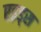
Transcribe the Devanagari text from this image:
एइड्स